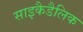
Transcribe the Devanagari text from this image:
साइकैडैलिक